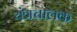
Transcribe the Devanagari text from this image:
यंत्रचालक